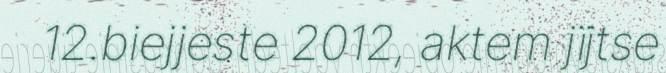
12.biejjeste 2012, aktem jïjtse